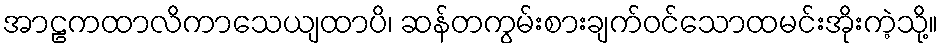
အာဠကထာလိကာသေယျထာပိ၊ ဆန်တကွမ်းစားချက်ဝင်သောထမင်းအိုးကဲ့သို့။